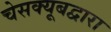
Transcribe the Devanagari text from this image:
चेसक्यूबद्वारा